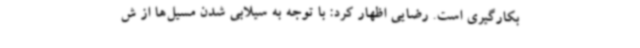
بکارگیری است. رضایی اظهار کرد: با توجه به سیلابی شدن مسیل‌ها از ش